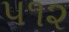
૫૧૨